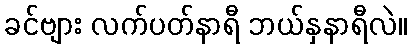
ခင်ဗျား လက်ပတ်နာရီ ဘယ်နှနာရီလဲ။